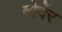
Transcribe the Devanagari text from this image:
बोर्देर